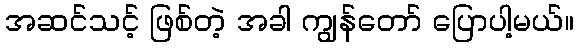
အဆင်သင့် ဖြစ်တဲ့ အခါ ကျွန်တော် ပြောပါ့မယ်။